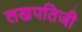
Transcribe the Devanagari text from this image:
लखपतिजी